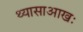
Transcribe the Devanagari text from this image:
थ्यासाआखः